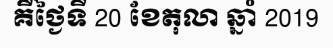
គឺថ្ងៃទី 20 ខែតុលា ឆ្នាំ 2019